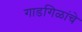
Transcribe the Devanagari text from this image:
गाडगिळांचे